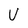
Character: v